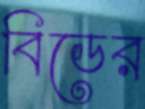
বিডের